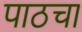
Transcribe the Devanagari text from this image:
पाठचा